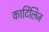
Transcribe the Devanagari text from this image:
कार्टिलिज